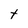
Character: t